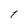
Character: 1